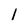
Character: 1